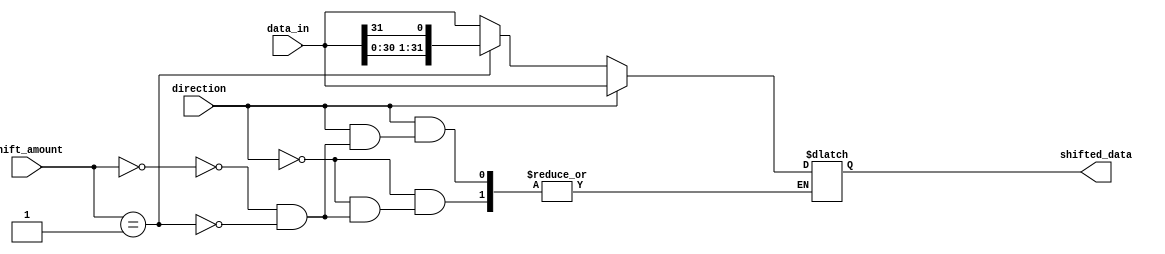
module SparseBarrelShifter (
    input [31:0] data_in,
    input [4:0] shift_amount,
    input direction, // 0 for right shift, 1 for left shift
    output reg [31:0] shifted_data
);

reg [31:0] temp_data;

always @(*) begin
    case(direction)
        0: begin // Right shift
            case(shift_amount)
                5'b00000: temp_data = data_in; // No shift
                5'b00001: temp_data = {data_in[30:0], data_in[31]}; // Shift by 1
                // Add more cases as needed based on the required shift amounts
            endcase
        end
        1: begin // Left shift
            case(shift_amount)
                5'b00000: temp_data = data_in; // No shift
                5'b00001: temp_data = {data_in[1:31], data_in[0]}; // Shift by 1
                // Add more cases as needed based on the required shift amounts
            endcase
        end
    endcase
end

assign shifted_data = temp_data;

endmodule